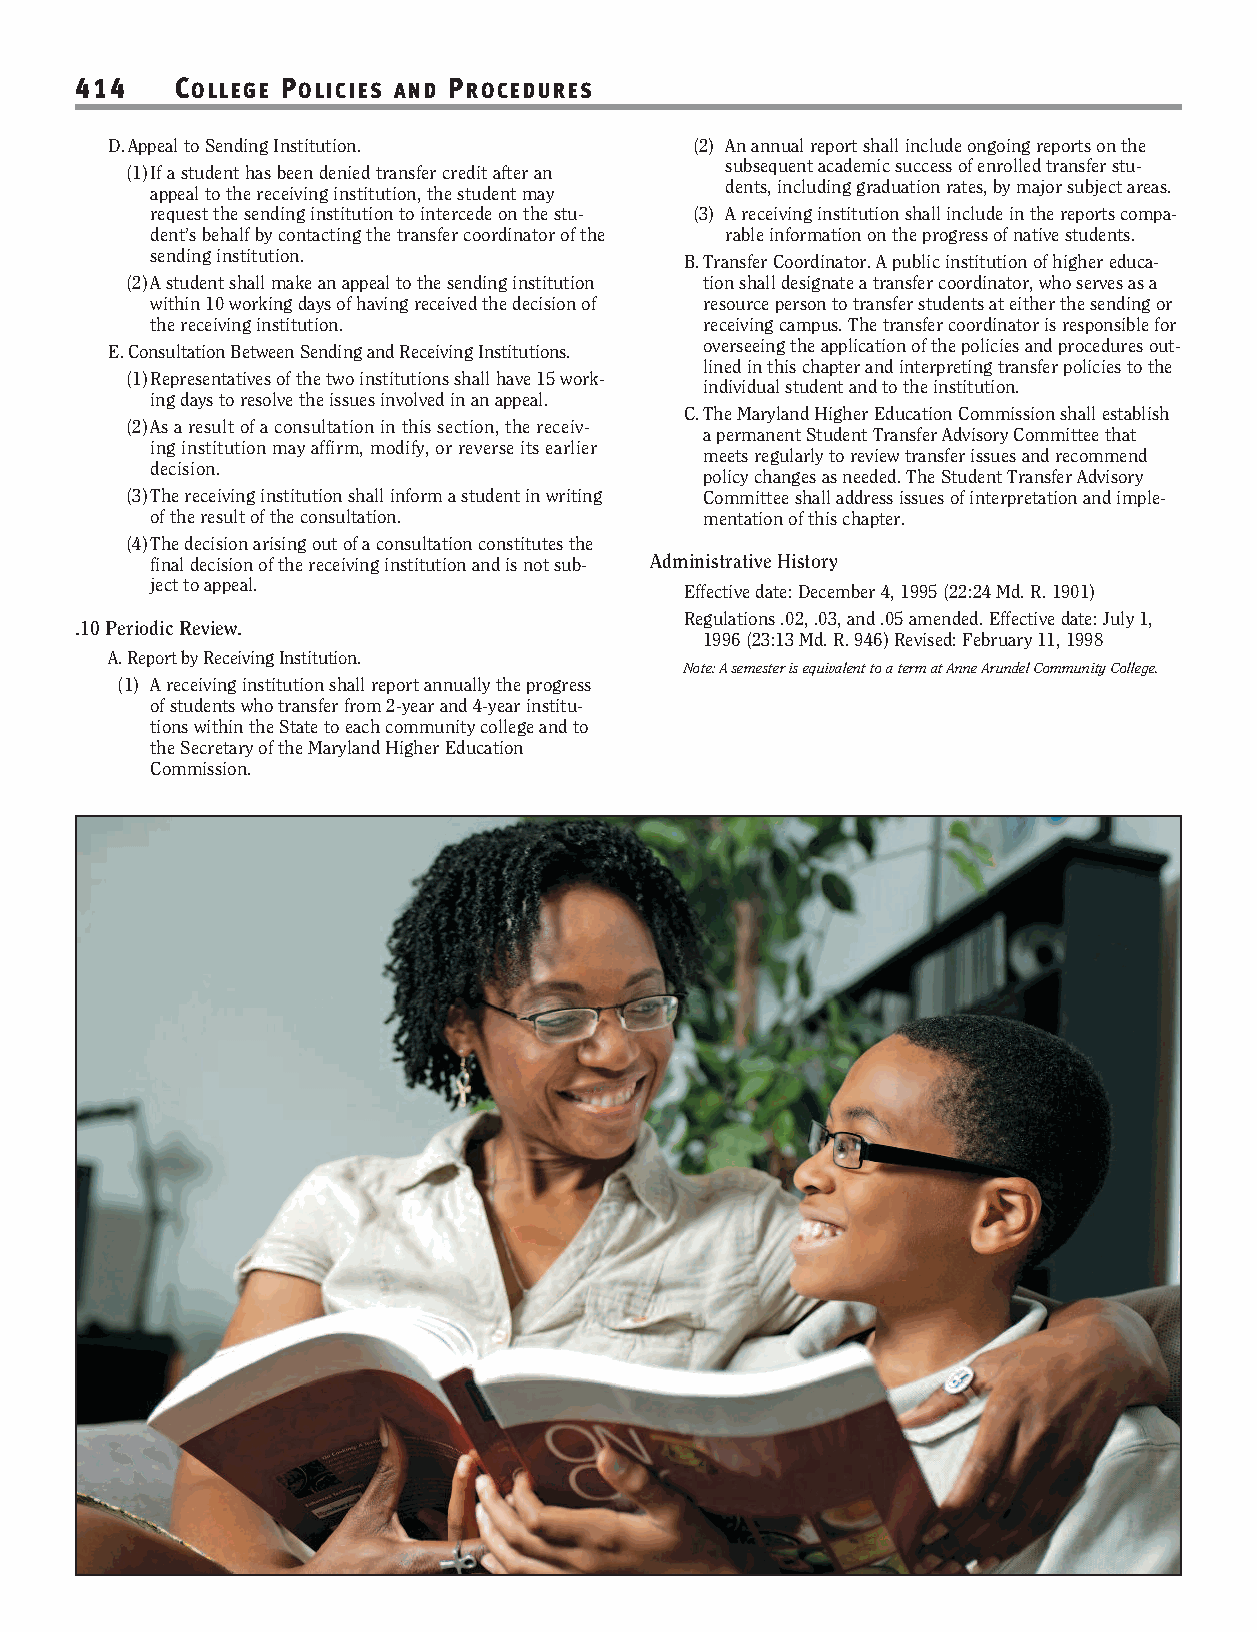
414    COLLEGE POLICIES AND PROCEDURES
 D.Appeal to Sending Institution.       (2) An annual report shall include ongoing reports on the
 (1)If a student has been denied transfer credit after an subsequent academic success of enrolled transfer stu-
 appeal to the receiving institution, the student may
 dents, including graduation rates, by major subject areas.
 request the sending institution to intercede on the stu- (3) A receiving institution shall include in the reports compa-
 dent’s behalf by contacting the transfer coordinator of the rable information on the progress of native students.
 sending institution.               B.Transfer Coordinator. A public institution of higher educa-
 (2)A student shall make an appeal to the sending institution tion shall designate a transfer coordinator, who serves as a
 within 10 working days of having received the decision of resource person to transfer students at either the sending or
 the receiving institution.           receiving campus. The transfer coordinator is responsible for
 E.Consultation Between Sending and Receiving Institutions. overseeing the application of the policies and procedures out-
 lined in this chapter and interpreting transfer policies to the
 (1)Representatives of the two institutions shall have 15 work-
 individual student and to the institution.
 ing days to resolve the issues involved in an appeal.
 C.The Maryland Higher Education Commission shall establish
 (2)As a result of a consultation in this section, the receiv-
 a permanent Student Transfer Advisory Committee that
 ing institution may affirm, modify, or reverse its earlier
 meets regularly to review transfer issues and recommend
 decision.
 policy changes as needed. The Student Transfer Advisory
 (3)The receiving institution shall inform a student in writing Committee shall address issues of interpretation and imple-
 of the result of the consultation.   mentation of this chapter.
 (4)The decision arising out of a consultation constitutes the
 final decision of the receiving institution and is not sub- Administrative History
 ject to appeal.
 Effective date: December 4, 1995 (22:24 Md. R. 1901)
 Regulations .02, .03, and .05 amended. Effective date: July 1,
 .10 Periodic Review.
 1996 (23:13 Md. R. 946) Revised: February 11, 1998
 A. Report by Receiving Institution.
 Note: A semester is equivalent to a term at Anne Arundel Community College.
 (1) A receiving institution shall report annually the progress
 of students who transfer from 2-year and 4-year institu-
 tions within the State to each community college and to
 the Secretary of the Maryland Higher Education
 Commission.